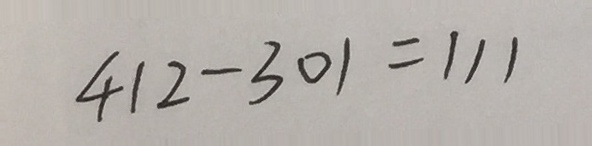
4 1 2 - 3 0 1 = 1 1 1